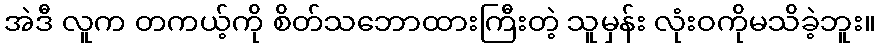
အဲဒီ လူက တကယ့်ကို စိတ်သဘောထားကြီးတဲ့ သူမှန်း လုံးဝကိုမသိခဲ့ဘူး။